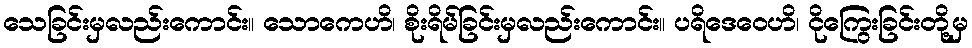
သေခြင်းမှလည်းကောင်း။ သောကေဟိ၊ စိုးရိမ်ခြင်းမှလည်းကောင်း။ ပရိဒေဝေဟိ၊ ငိုကြွေးခြင်းတို့မှ